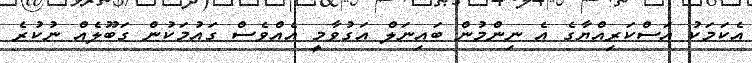
އެކަމަކު އަސްކަރިއްޔާގެ އެ ނިންމުން ބައިނަލް އަގުވާމީ އެއްވެސް ގައުމަކުން ގަބޫލެއް ނުކުރެ